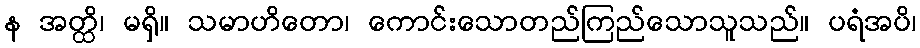
န အတ္ထိ၊ မရှိ။ သမာဟိတော၊ ကောင်းသောတည်ကြည်သောသူသည်။ ပရံအပိ၊